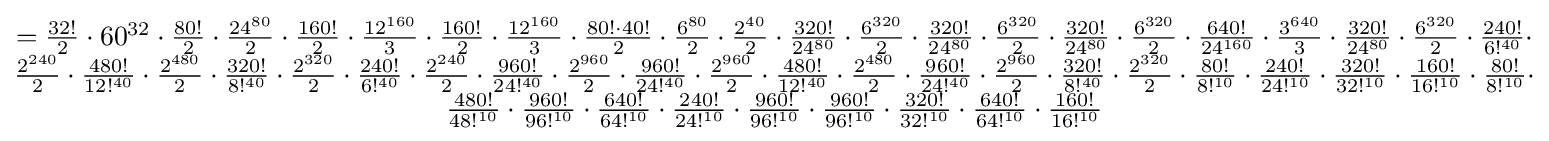
{\begin{matrix}={\frac {32!}{2}}\cdot 60^{32}\cdot {\frac {80!}{2}}\cdot {\frac {24^{80}}{2}}\cdot {\frac {160!}{2}}\cdot {\frac {12^{160}}{3}}\cdot {\frac {160!}{2}}\cdot {\frac {12^{160}}{3}}\cdot {\frac {80!\cdot 40!}{2}}\cdot {\frac {6^{80}}{2}}\cdot {\frac {2^{40}}{2}}\cdot {\frac {320!}{24^{80}}}\cdot {\frac {6^{320}}{2}}\cdot {\frac {320!}{24^{80}}}\cdot {\frac {6^{320}}{2}}\cdot {\frac {320!}{24^{80}}}\cdot {\frac {6^{320}}{2}}\cdot {\frac {640!}{24^{160}}}\cdot {\frac {3^{640}}{3}}\cdot {\frac {320!}{24^{80}}}\cdot {\frac {6^{320}}{2}}\cdot {\frac {240!}{6!^{40}}}\cdot \\{\frac {2^{240}}{2}}\cdot {\frac {480!}{12!^{40}}}\cdot {\frac {2^{480}}{2}}\cdot {\frac {320!}{8!^{40}}}\cdot {\frac {2^{320}}{2}}\cdot {\frac {240!}{6!^{40}}}\cdot {\frac {2^{240}}{2}}\cdot {\frac {960!}{24!^{40}}}\cdot {\frac {2^{960}}{2}}\cdot {\frac {960!}{24!^{40}}}\cdot {\frac {2^{960}}{2}}\cdot {\frac {480!}{12!^{40}}}\cdot {\frac {2^{480}}{2}}\cdot {\frac {960!}{24!^{40}}}\cdot {\frac {2^{960}}{2}}\cdot {\frac {320!}{8!^{40}}}\cdot {\frac {2^{320}}{2}}\cdot {\frac {80!}{8!^{10}}}\cdot {\frac {240!}{24!^{10}}}\cdot {\frac {320!}{32!^{10}}}\cdot {\frac {160!}{16!^{10}}}\cdot {\frac {80!}{8!^{10}}}\cdot \\{\frac {480!}{48!^{10}}}\cdot {\frac {960!}{96!^{10}}}\cdot {\frac {640!}{64!^{10}}}\cdot {\frac {240!}{24!^{10}}}\cdot {\frac {960!}{96!^{10}}}\cdot {\frac {960!}{96!^{10}}}\cdot {\frac {320!}{32!^{10}}}\cdot {\frac {640!}{64!^{10}}}\cdot {\frac {160!}{16!^{10}}}\end{matrix}}